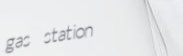
gas station